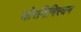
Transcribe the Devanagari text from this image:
घोरतिमिरघन